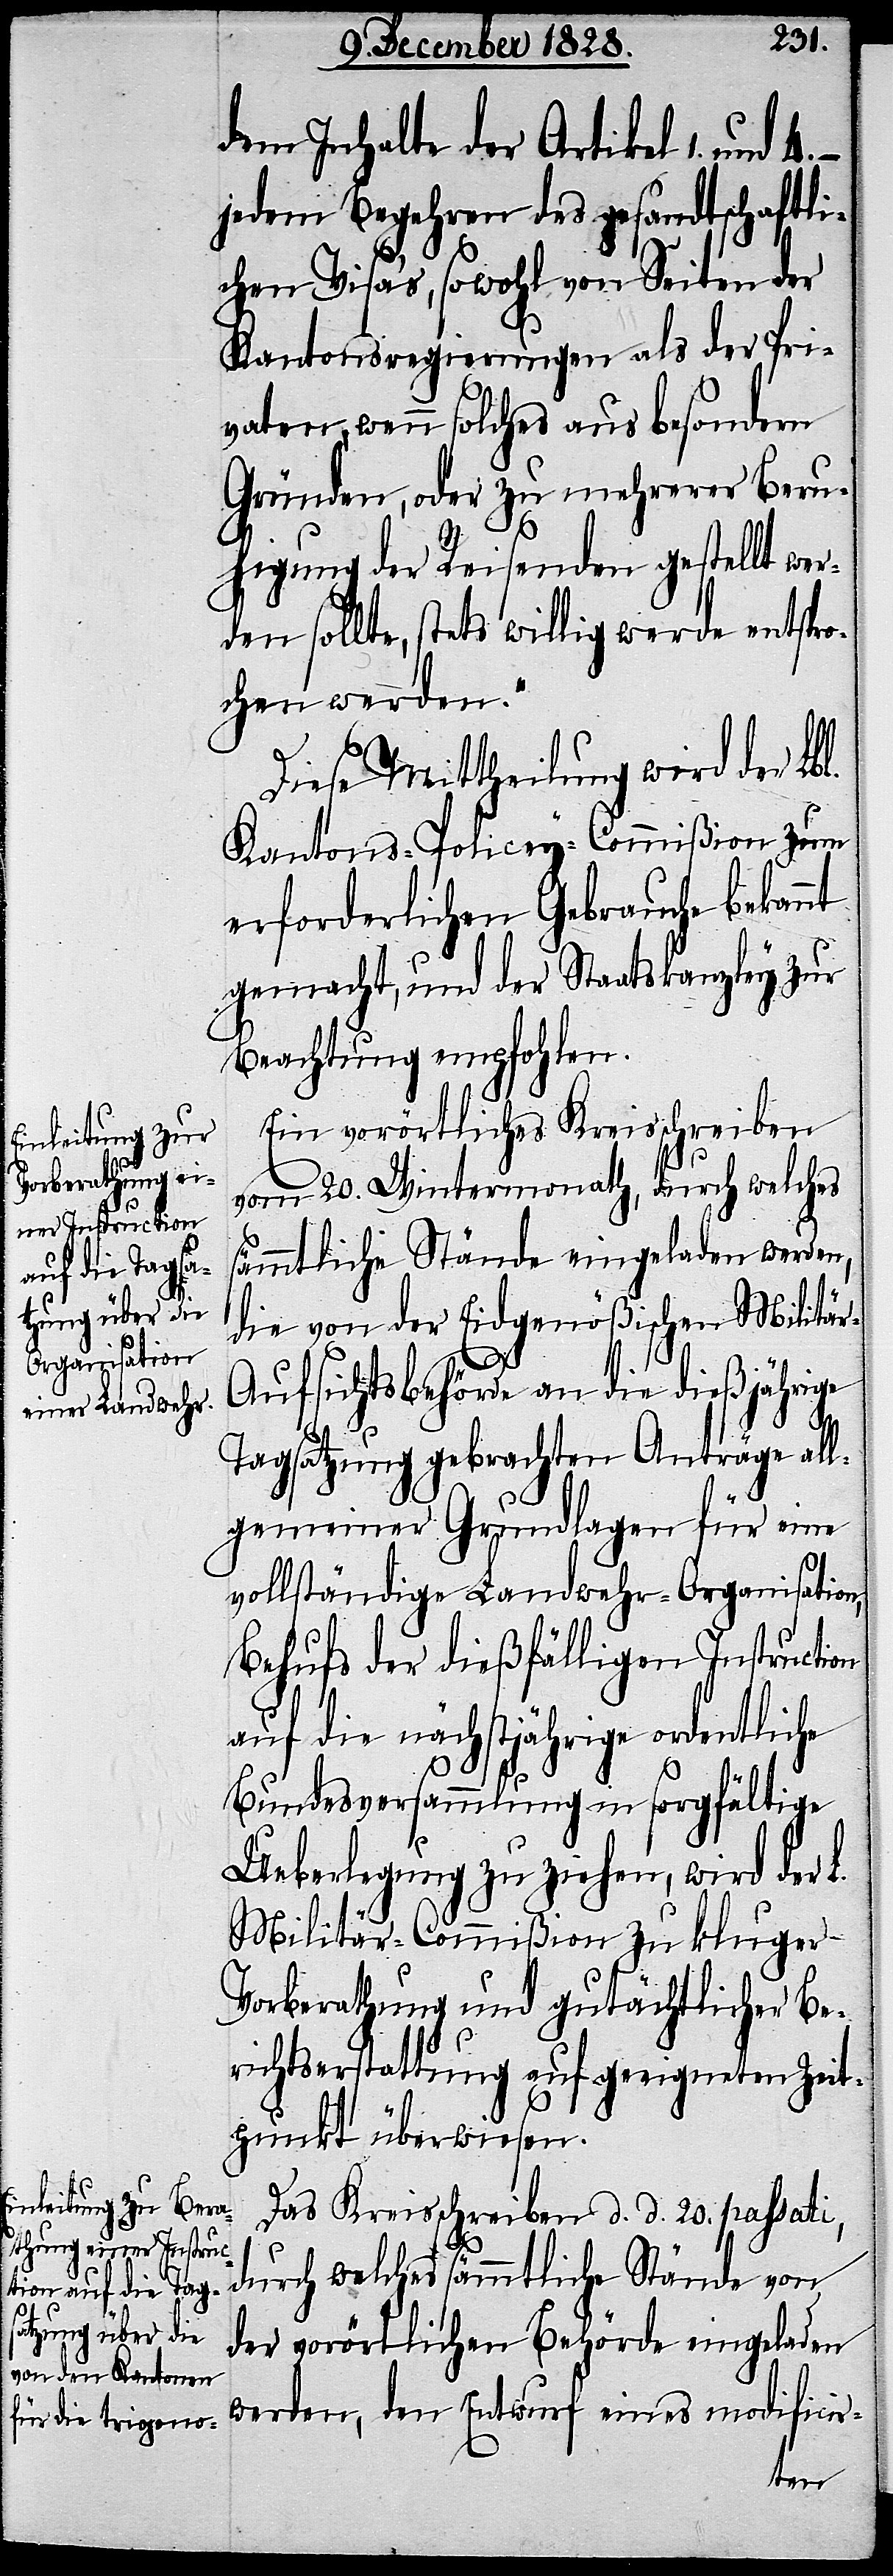
[„]j¬

dem Inhalte der Artikel 1.
edem Begehren des gesandtschaftli¬
chen Visas, sowohl von Seiten der
Kantonsregierungen als der Pri¬
vaten, wenn solches aus besondern
Gründen, oder zu mehrerer Beru¬
higung der Reisenden gestellt wer¬
den sollte, stets willig werde entspro¬
chen werden.“
Diese Mittheilung wird der Lbl.
Kantons-Policey-Commißion zum
erforderlichen Gebrauche bekannt
gemacht, und der Staatskanzley zur
Beachtung empfohlen.
Ein vorörtliches Kreisschreiben
vom 20. Wintermonath, durch welches
sämmtliche Stände eingeladen werden,
die von der Eidgenößischen Militä¬
r-Aufsichtsbehörde an die dießjährige
Tagsatzung gebrachten Anträge all¬
gemeiner Grundlagen für eine
vollständige Landwehr-Organisation,
Behufs der dießfälligen Instruction
auf die nächstjährige ordentliche
Bundesversammlung in sorgfältige
Ueberlegung zu ziehen, wird der
Militär-Commißion zu kluger
Vorberathung und gutächtlicher Be¬
richtserstattung auf geeigneten Zeit¬
punkt überwiesen.
Das Kreisschreiben d. d. 20. passati,
durch welches sämmtliche Stände von
der vorörtlichen Behörde eingeladen
werden, den Entwurf eines modificir-